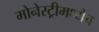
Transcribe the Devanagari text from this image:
मोनेस्ट्रीमध्येच